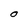
Character: O